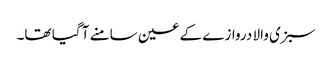
سبزی والا دروازے کے عین سامنے آ گیا تھا۔